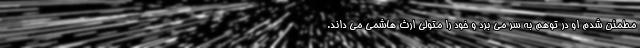
مطمئن شدم او در توهم به سر می برد و خود را متولی ارث هاشمی می داند.